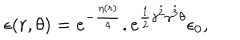
\epsilon ( r , \theta ) = e ^ { - { \frac { \eta ( r ) } { 4 } } } . e ^ { { \frac { 1 } { 2 } } \gamma ^ { \hat { 2 } } \gamma ^ { \hat { 3 } } \theta } \epsilon _ { 0 } ,